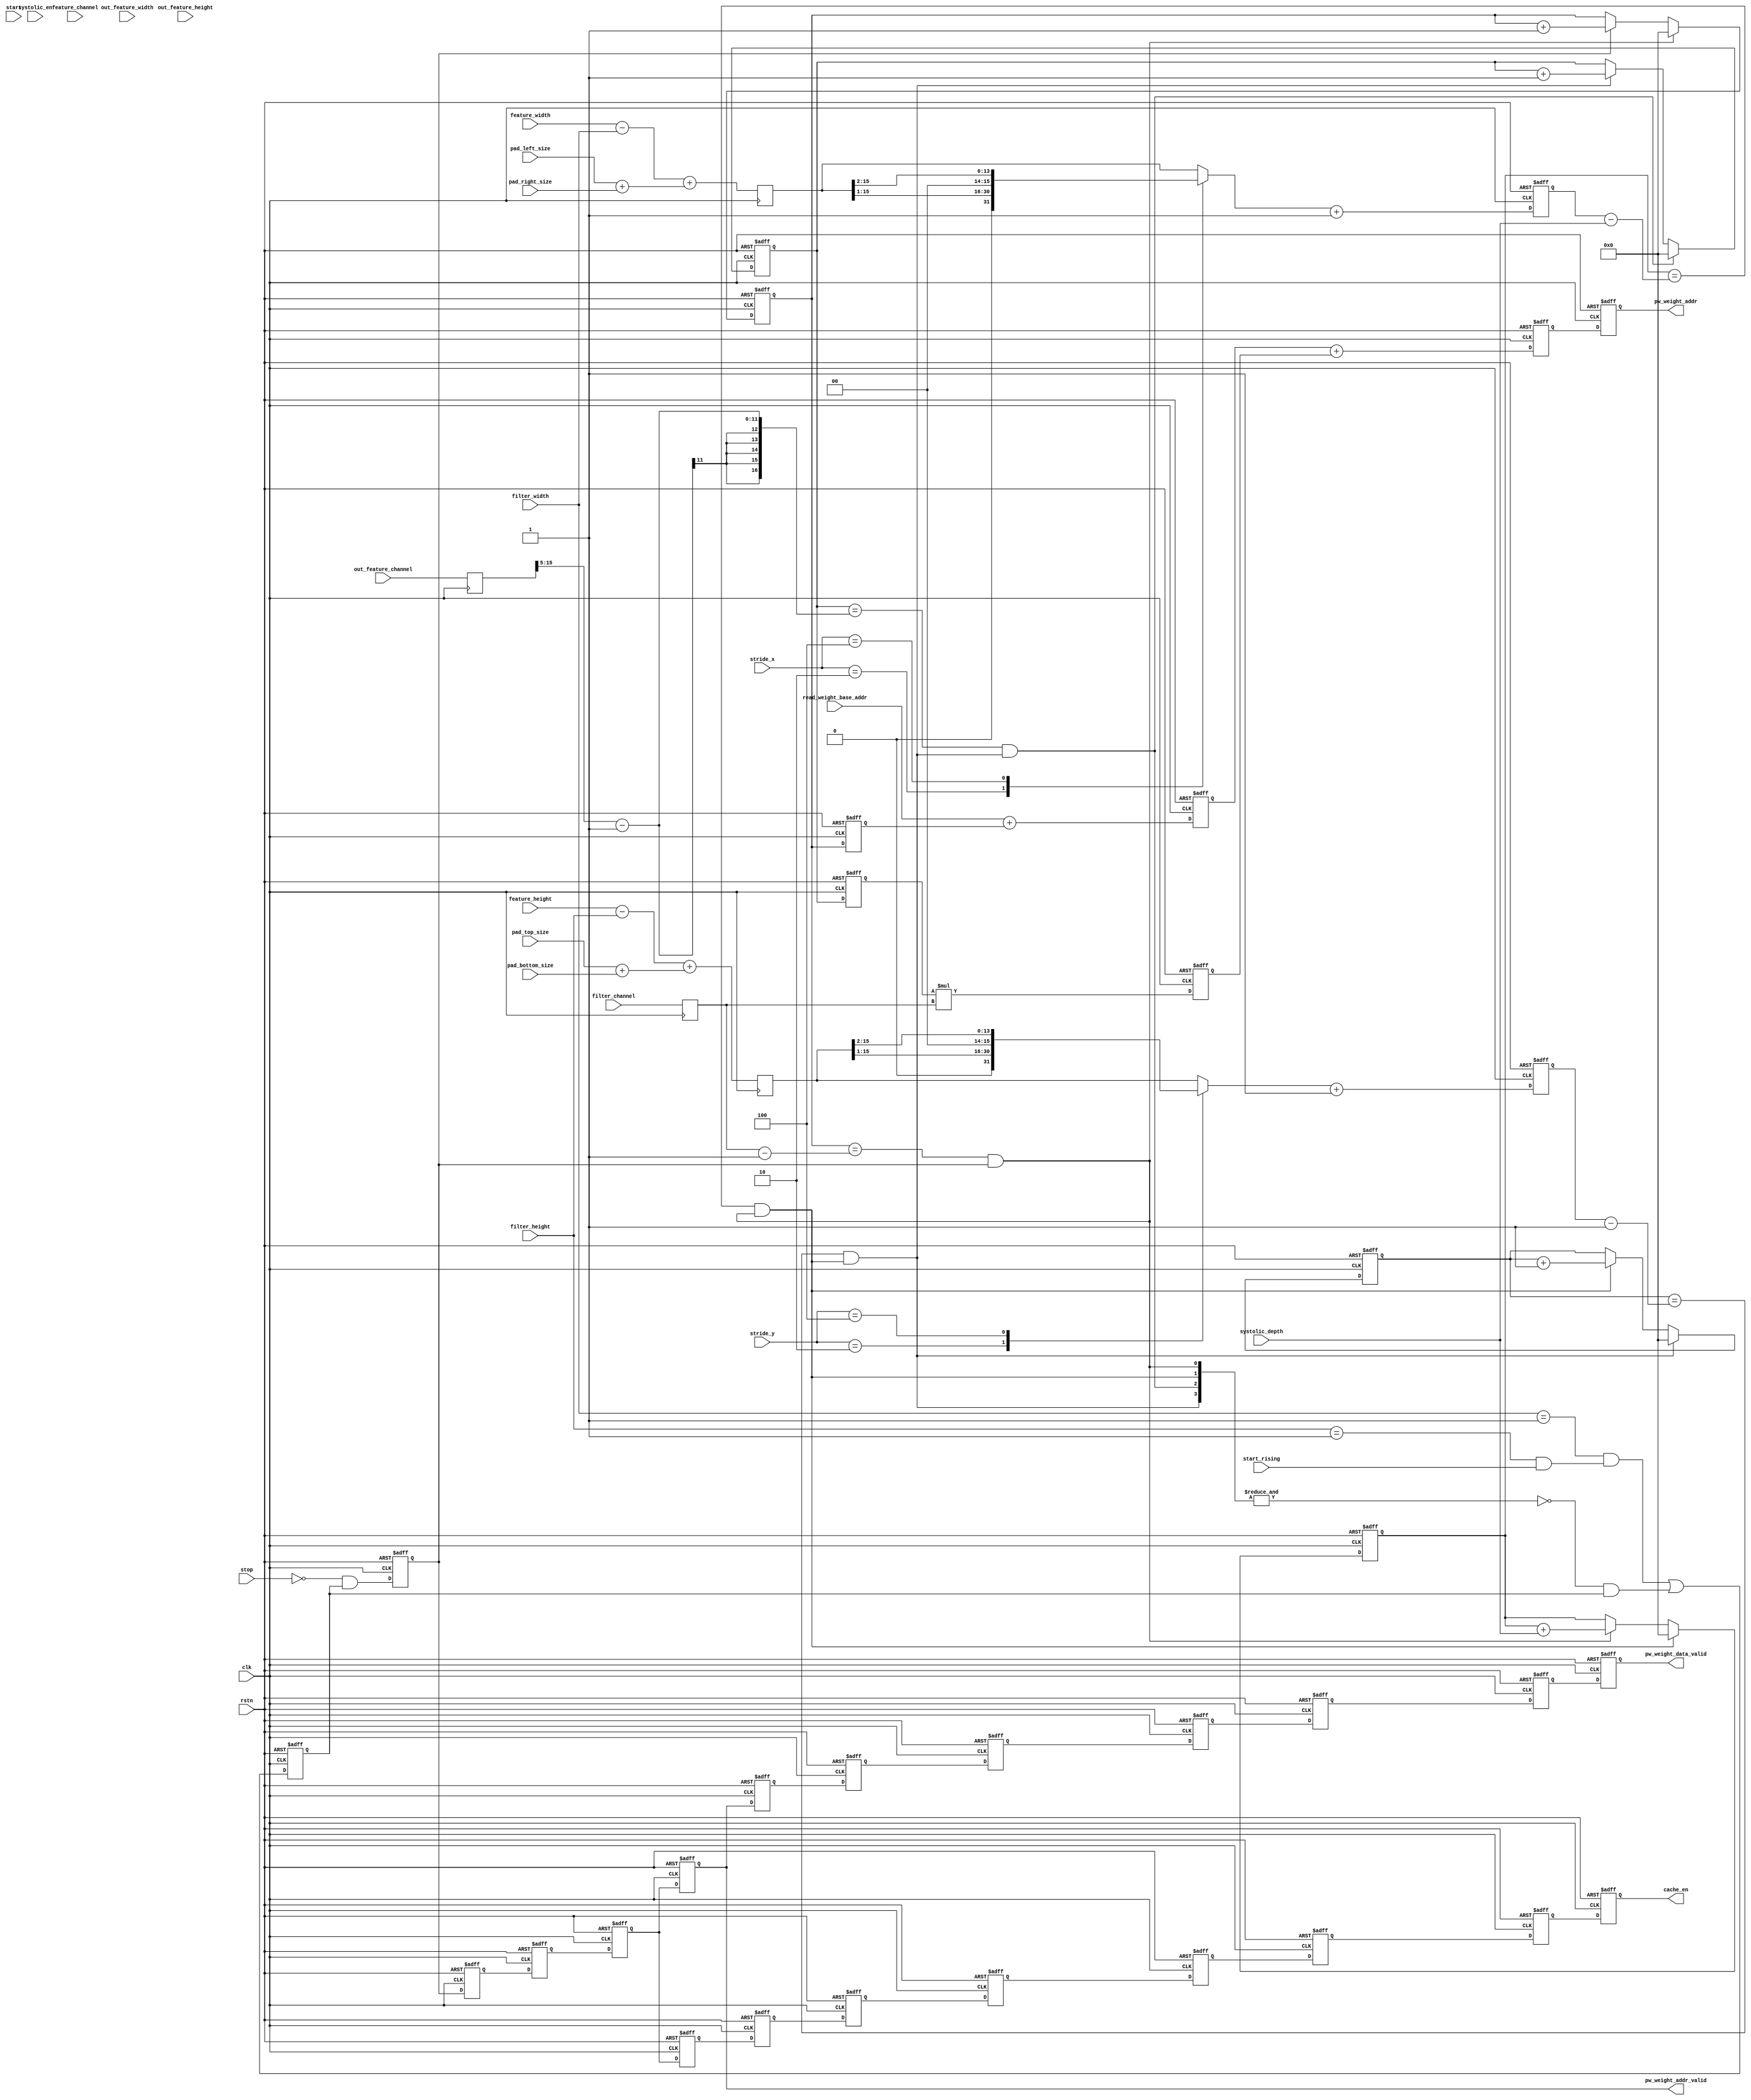
// Generated by stratus_hls 19.10-p100  (91500.011111)
// Mon Jan 25 11:55:49 2021
// from pw_weight_addr_gen.cpp

`timescale 1ps / 1ps

      
module pw_weight_addr_gen(clk, rstn, stop, start, start_rising, systolic_en, systolic_depth, feature_width, feature_height, feature_channel, out_feature_width, out_feature_height, out_feature_channel, filter_width, filter_height, filter_channel, stride_x, stride_y, pad_top_size, pad_bottom_size, pad_left_size, pad_right_size, read_weight_base_addr, pw_weight_addr, pw_weight_addr_valid, pw_weight_data_valid, cache_en);

      input clk;
      input rstn;
      input stop;
      input [7:0] start;
      input start_rising;
      input [7:0] systolic_en;
      input [7:0] systolic_depth;
      input [15:0] feature_width;
      input [15:0] feature_height;
      input [15:0] feature_channel;
      input [15:0] out_feature_width;
      input [15:0] out_feature_height;
      input [15:0] out_feature_channel;
      input [15:0] filter_width;
      input [15:0] filter_height;
      input [15:0] filter_channel;
      input [7:0] stride_x;
      input [7:0] stride_y;
      input [7:0] pad_top_size;
      input [7:0] pad_bottom_size;
      input [7:0] pad_left_size;
      input [7:0] pad_right_size;
      input [31:0] read_weight_base_addr;
      output [31:0] pw_weight_addr;
      reg [31:0] pw_weight_addr;
      output pw_weight_addr_valid;
      reg pw_weight_addr_valid;
      output pw_weight_data_valid;
      reg pw_weight_data_valid;
      output cache_en;
      reg cache_en;
      /*signed*/wire[3:0] pw_weight_addr_gen_AndReduction_4S_1U_1_29_in1;
      wire pw_weight_addr_gen_And_1Ux1U_1U_4_35_out1;
      wire pw_weight_addr_gen_And_1Ux1U_1U_4_34_out1;
      wire pw_weight_addr_gen_Eqi1u16_4_33_out1;
      wire pw_weight_addr_gen_And_1Ux1U_1U_4_32_out1;
      wire pw_weight_addr_gen_AndReduction_4S_1U_1_29_out1;
      wire pw_weight_addr_gen_Not_1U_1U_4_31_out1;
      wire pw_weight_addr_gen_Eqi1u16_4_30_out1;
      wire pw_weight_addr_gen_Or_1Ux1U_1U_4_36_out1;
      reg enable;
      wire pw_weight_addr_gen_Not_1U_1U_4_10_out1;
      wire pw_weight_addr_gen_And_1Ux1U_1U_4_11_out1;
      wire pw_weight_addr_gen_EqSubi1u16u16_1_12_out1;
      reg[15:0] pw_weight_addr_gen_MuxAdd2i1u16u16u1_4_14_out1;
      reg[15:0] pw_weight_addr_gen_Muxi0u16u1_4_15_out1;
      wire pw_weight_addr_gen_EqSubu8u16u16_1_16_out1;
      reg[15:0] pw_weight_addr_gen_N_Mux_16_2_22_4_19_out1;
      wire pw_weight_addr_gen_And_1Ux1U_1U_1_13_out1;
      wire[15:0] pw_weight_addr_gen_Add_16Ux8U_16U_4_18_out1;
      reg[15:0] pw_weight_addr_gen_Muxi0u16u1_4_20_out1;
      reg[15:0] ox_cnt;
      wire pw_weight_addr_gen_EqSubi1u16u16_1_21_out1;
      reg[15:0] pw_weight_addr_gen_MuxAdd2i1u16u16u1_1_23_out1;
      wire pw_weight_addr_gen_And_1Ux1U_1U_1_17_out1;
      reg[15:0] pw_weight_addr_gen_Muxi0u16u1_4_24_out1;
      reg[15:0] oy_cnt;
      wire pw_weight_addr_gen_EqSubi1u16u16_1_25_out1;
      wire[15:0] pw_weight_addr_gen_EqSubi1u16u16_1_25_in1;
      wire pw_weight_addr_gen_And_1Ux1U_1U_1_26_out1;
      reg[15:0] pw_weight_addr_gen_MuxAdd2i1u16u16u1_1_27_out1;
      wire pw_weight_addr_gen_And_1Ux1U_1U_1_22_out1;
      reg[15:0] pw_weight_addr_gen_Muxi0u16u1_4_28_out1;
      reg[15:0] if_cnt;
      reg[15:0] of_cnt;
      reg[15:0] if_pos;
      reg[15:0] of_pos;
      wire[31:0] pw_weight_addr_gen_Add_32Ux16U_32U_4_9_out1;
      wire[31:0] pw_weight_addr_gen_Mul_16Ux16U_32U_1_8_out1;
      reg[31:0] org_if_pos;
      reg[31:0] org_of_pos;
      wire[31:0] pw_weight_addr_gen_Add_32Ux32U_32U_4_7_out1;
      reg[31:0] tmp_pw_weight_addr;
      reg pw_weight_addr_valid_4d;
      reg pw_weight_addr_valid_3d;
      reg pw_weight_addr_valid_2d;
      reg pw_weight_addr_valid_1d;
      reg run_8d;
      reg run_7d;
      reg run_6d;
      reg run_5d;
      reg run_4d;
      reg run;
      reg run_1d;
      reg run_2d;
      reg run_9d;
      reg pw_weight_addr_valid_5d;
      reg run_3d;
      reg run_10d;
      reg pw_weight_addr_valid_6d;
      reg[15:0] of_cnt_max;
      reg[15:0] if_cnt_max;
      /*signed*/wire[15:0] pw_weight_addr_gen_Add3u8u8Subu16u16_4_5_out1;
      /*signed*/wire[15:0] pw_weight_addr_gen_Add3u8u8Subu16u16_4_6_out1;
      reg[15:0] pw_weight_addr_gen_N_Mux_16_3_24_4_2_out1;
      wire[14:0] pw_weight_addr_gen_N_Mux_16_3_24_4_2_in2;
      reg[15:0] ox_cnt_max;
      wire[13:0] pw_weight_addr_gen_N_Mux_16_3_24_4_2_in3;
      reg[15:0] pw_weight_addr_gen_N_Mux_16_3_24_4_1_out1;
      wire[14:0] pw_weight_addr_gen_N_Mux_16_3_24_4_1_in2;
      reg[15:0] oy_cnt_max;
      wire[13:0] pw_weight_addr_gen_N_Mux_16_3_24_4_1_in3;
      wire[15:0] pw_weight_addr_gen_Add2i1u16_1_3_out1;
      reg[15:0] oy_cnt_max2;
      wire[15:0] pw_weight_addr_gen_Add2i1u16_1_4_out1;
      reg[15:0] ox_cnt_max2;

         // rtl_process:pw_weight_addr_gen/drive_ox_cnt_max2
         // Sharing or Control mux
         // Sharing/Controlling 3 operation(s) on drive_ox_cnt_max2
         // at: pw_weight_addr_gen.h:304:7
         // at: pw_weight_addr_gen.h:315:7
         // at: pw_weight_addr_gen.h:136:56
         always @(posedge clk or negedge rstn)
          begin :drive_ox_cnt_max2
            if (rstn == 1'b0) begin
               // op:_cnt_max2/OP0
               ox_cnt_max2 <= 16'd00000;
            end
            else begin
               // op:_cnt_max2/OP11
               ox_cnt_max2 <= pw_weight_addr_gen_Add2i1u16_1_4_out1;
            end
         end

         // rtl_process:pw_weight_addr_gen/drive_oy_cnt_max2
         // Sharing or Control mux
         // Sharing/Controlling 3 operation(s) on drive_oy_cnt_max2
         // at: pw_weight_addr_gen.h:305:7
         // at: pw_weight_addr_gen.h:324:7
         // at: pw_weight_addr_gen.h:151:56
         always @(posedge clk or negedge rstn)
          begin :drive_oy_cnt_max2
            if (rstn == 1'b0) begin
               // op:_cnt_max2/OP1
               oy_cnt_max2 <= 16'd00000;
            end
            else begin
               // op:_cnt_max2/OP8
               oy_cnt_max2 <= pw_weight_addr_gen_Add2i1u16_1_3_out1;
            end
         end

         // rtl_process:pw_weight_addr_gen/drive_pw_weight_addr_gen_N_Mux_16_3_24_4_1_in3
         // Sharing or Control mux
         // Sharing/Controlling 1 operation(s) on drive_pw_weight_addr_gen_N_Mux_16_3_24_4_1_in3
         // at: pw_weight_addr_gen.h:322:40
         assign pw_weight_addr_gen_N_Mux_16_3_24_4_1_in3 = oy_cnt_max[15:2];

         // rtl_process:pw_weight_addr_gen/drive_pw_weight_addr_gen_N_Mux_16_3_24_4_1_in2
         // Sharing or Control mux
         // Sharing/Controlling 1 operation(s) on drive_pw_weight_addr_gen_N_Mux_16_3_24_4_1_in2
         // at: pw_weight_addr_gen.h:320:40
         assign pw_weight_addr_gen_N_Mux_16_3_24_4_1_in2 = oy_cnt_max[15:1];

         // rtl_instance:pw_weight_addr_gen/pw_weight_addr_gen_N_Mux_16_3_24_4
         always @(stride_y or oy_cnt_max or pw_weight_addr_gen_N_Mux_16_3_24_4_1_in3 or pw_weight_addr_gen_N_Mux_16_3_24_4_1_in2)
          begin :pw_weight_addr_gen_N_Mux_16_3_24_4_1
            case (stride_y) 

               8'd002:                begin
                  pw_weight_addr_gen_N_Mux_16_3_24_4_1_out1 = {1'b0, pw_weight_addr_gen_N_Mux_16_3_24_4_1_in2};
               end
               
               8'd004:                begin
                  pw_weight_addr_gen_N_Mux_16_3_24_4_1_out1 = {2'b00, pw_weight_addr_gen_N_Mux_16_3_24_4_1_in3};
               end
               
               default:                begin
                  pw_weight_addr_gen_N_Mux_16_3_24_4_1_out1 = oy_cnt_max;
               end
               
            endcase

         end

         // rtl_process:pw_weight_addr_gen/drive_pw_weight_addr_gen_N_Mux_16_3_24_4_2_in3
         // Sharing or Control mux
         // Sharing/Controlling 1 operation(s) on drive_pw_weight_addr_gen_N_Mux_16_3_24_4_2_in3
         // at: pw_weight_addr_gen.h:313:40
         assign pw_weight_addr_gen_N_Mux_16_3_24_4_2_in3 = ox_cnt_max[15:2];

         // rtl_process:pw_weight_addr_gen/drive_pw_weight_addr_gen_N_Mux_16_3_24_4_2_in2
         // Sharing or Control mux
         // Sharing/Controlling 1 operation(s) on drive_pw_weight_addr_gen_N_Mux_16_3_24_4_2_in2
         // at: pw_weight_addr_gen.h:311:40
         assign pw_weight_addr_gen_N_Mux_16_3_24_4_2_in2 = ox_cnt_max[15:1];

         // rtl_instance:pw_weight_addr_gen/pw_weight_addr_gen_N_Mux_16_3_24_4
         always @(stride_x or ox_cnt_max or pw_weight_addr_gen_N_Mux_16_3_24_4_2_in3 or pw_weight_addr_gen_N_Mux_16_3_24_4_2_in2)
          begin :pw_weight_addr_gen_N_Mux_16_3_24_4_2
            case (stride_x) 

               8'd002:                begin
                  pw_weight_addr_gen_N_Mux_16_3_24_4_2_out1 = {1'b0, pw_weight_addr_gen_N_Mux_16_3_24_4_2_in2};
               end
               
               8'd004:                begin
                  pw_weight_addr_gen_N_Mux_16_3_24_4_2_out1 = {2'b00, pw_weight_addr_gen_N_Mux_16_3_24_4_2_in3};
               end
               
               default:                begin
                  pw_weight_addr_gen_N_Mux_16_3_24_4_2_out1 = ox_cnt_max;
               end
               
            endcase

         end

         // rtl_instance:pw_weight_addr_gen/pw_weight_addr_gen_Add2i1u16_1_3
         // Resource=pw_weight_addr_gen_Add2i1u16_1, Function=add : Inputs=16 Outputs=16
         // Implements 1 operation(s)
         // at: pw_weight_addr_gen.h:324:39
         assign pw_weight_addr_gen_Add2i1u16_1_3_out1 = pw_weight_addr_gen_N_Mux_16_3_24_4_1_out1 + 16'd00001;

         // rtl_instance:pw_weight_addr_gen/pw_weight_addr_gen_Add2i1u16_1_4
         // Resource=pw_weight_addr_gen_Add2i1u16_1, Function=add : Inputs=16 Outputs=16
         // Implements 1 operation(s)
         // at: pw_weight_addr_gen.h:315:39
         assign pw_weight_addr_gen_Add2i1u16_1_4_out1 = pw_weight_addr_gen_N_Mux_16_3_24_4_2_out1 + 16'd00001;

         // rtl_process:pw_weight_addr_gen/drive_ox_cnt_max
         // Sharing or Control mux
         // Sharing/Controlling 2 operation(s) on drive_ox_cnt_max
         // at: pw_weight_addr_gen.h:315:21
         // at: pw_weight_addr_gen.h:293:5
         always @(posedge clk)
          begin :drive_ox_cnt_max
            // op:_set_max_num/OP36
            ox_cnt_max <= pw_weight_addr_gen_Add3u8u8Subu16u16_4_6_out1;
         end

         // rtl_process:pw_weight_addr_gen/drive_oy_cnt_max
         // Sharing or Control mux
         // Sharing/Controlling 2 operation(s) on drive_oy_cnt_max
         // at: pw_weight_addr_gen.h:322:22
         // at: pw_weight_addr_gen.h:296:5
         always @(posedge clk)
          begin :drive_oy_cnt_max
            // op:_set_max_num/OP34
            oy_cnt_max <= pw_weight_addr_gen_Add3u8u8Subu16u16_4_5_out1;
         end

         // rtl_process:pw_weight_addr_gen/drive_if_cnt_max
         // Sharing or Control mux
         // Sharing/Controlling 3 operation(s) on drive_if_cnt_max
         // at: pw_weight_addr_gen.h:291:5
         // at: pw_weight_addr_gen.h:201:36
         // at: pw_weight_addr_gen.h:121:56
         always @(posedge clk)
          begin :drive_if_cnt_max
            // op:_set_max_num/OP37
            if_cnt_max <= filter_channel;
         end

         // rtl_process:pw_weight_addr_gen/drive_of_cnt_max
         // Sharing or Control mux
         // Sharing/Controlling 2 operation(s) on drive_of_cnt_max
         // at: pw_weight_addr_gen.h:298:5
         // at: pw_weight_addr_gen.h:167:57
         always @(posedge clk)
          begin :drive_of_cnt_max
            // op:_set_max_num/OP32
            of_cnt_max <= out_feature_channel;
         end

         // rtl_instance:pw_weight_addr_gen/pw_weight_addr_gen_Add3u8u8Subu16u16_4_5
         // Resource=pw_weight_addr_gen_Add3u8u8Subu16u16_4, Function=sub add add : Inputs=16,16,8,8 Outputs=16S
         // Implements 1 operation(s)
         // at: pw_weight_addr_gen.h:296:63
         assign pw_weight_addr_gen_Add3u8u8Subu16u16_4_5_out1 = feature_height - filter_height + ({8'b00000000, pad_top_size} + {8'b00000000, pad_bottom_size});

         // rtl_instance:pw_weight_addr_gen/pw_weight_addr_gen_Add3u8u8Subu16u16_4_6
         // Resource=pw_weight_addr_gen_Add3u8u8Subu16u16_4, Function=sub add add : Inputs=16,16,8,8 Outputs=16S
         // Implements 1 operation(s)
         // at: pw_weight_addr_gen.h:293:61
         assign pw_weight_addr_gen_Add3u8u8Subu16u16_4_6_out1 = feature_width - filter_width + ({8'b00000000, pad_left_size} + {8'b00000000, pad_right_size});

         // rtl_process:pw_weight_addr_gen/drive_pw_weight_data_valid
         // Sharing or Control mux
         // Sharing/Controlling 2 operation(s) on drive_pw_weight_data_valid
         // at: pw_weight_addr_gen.h:283:7
         // at: pw_weight_addr_gen.h:286:7
         always @(posedge clk or negedge rstn)
          begin :drive_pw_weight_data_valid
            if (rstn == 1'b0) begin
               // op:_pw_weight_data_valid/OP46
               pw_weight_data_valid <= 1'd0;
            end
            else begin
               // op:_pw_weight_data_valid/OP48
               pw_weight_data_valid <= pw_weight_addr_valid_6d;
            end
         end

         // rtl_process:pw_weight_addr_gen/drive_cache_en
         // Sharing or Control mux
         // Sharing/Controlling 2 operation(s) on drive_cache_en
         // at: pw_weight_addr_gen.h:274:7
         // at: pw_weight_addr_gen.h:277:7
         always @(posedge clk or negedge rstn)
          begin :drive_cache_en
            if (rstn == 1'b0) begin
               // op:_cache_en/OP49
               cache_en <= 1'd0;
            end
            else begin
               // op:_cache_en/OP51
               cache_en <= run_10d;
            end
         end

         // rtl_process:pw_weight_addr_gen/drive_pw_weight_addr_valid
         // Sharing or Control mux
         // Sharing/Controlling 1 operation(s) on drive_pw_weight_addr_valid
         // at: pw_weight_addr_gen.h:222:8
         always @(posedge clk or negedge rstn)
          begin :drive_pw_weight_addr_valid
            if (rstn == 1'b0) begin
               // op:_pw_weight_addr_valid/OP52
               pw_weight_addr_valid <= 1'd0;
            end
            else begin
               // op:_pw_weight_addr_valid/OP54
               pw_weight_addr_valid <= run_3d;
            end
         end

         // rtl_process:pw_weight_addr_gen/drive_pw_weight_addr_valid_6d
         // Sharing or Control mux
         // Sharing/Controlling 4 operation(s) on drive_pw_weight_addr_valid_6d
         // at: pw_weight_addr_gen.h:286:30
         // at: pw_weight_addr_gen.h:240:7
         // at: pw_weight_addr_gen.h:259:7
         always @(posedge clk or negedge rstn)
          begin :drive_pw_weight_addr_valid_6d
            if (rstn == 1'b0) begin
               // op:_delay/OP70
               pw_weight_addr_valid_6d <= 1'd0;
            end
            else begin
               // op:_delay/OP106
               pw_weight_addr_valid_6d <= pw_weight_addr_valid_5d;
            end
         end

         // rtl_process:pw_weight_addr_gen/drive_run_10d
         // Sharing or Control mux
         // Sharing/Controlling 3 operation(s) on drive_run_10d
         // at: pw_weight_addr_gen.h:277:18
         // at: pw_weight_addr_gen.h:234:7
         // at: pw_weight_addr_gen.h:253:7
         always @(posedge clk or negedge rstn)
          begin :drive_run_10d
            if (rstn == 1'b0) begin
               // op:_delay/OP64
               run_10d <= 1'b0;
            end
            else begin
               // op:_delay/OP112
               run_10d <= run_9d;
            end
         end

         // rtl_process:pw_weight_addr_gen/drive_run_3d
         // Sharing or Control mux
         // Sharing/Controlling 4 operation(s) on drive_run_3d
         // at: pw_weight_addr_gen.h:269:30
         // at: pw_weight_addr_gen.h:227:7
         // at: pw_weight_addr_gen.h:246:7
         always @(posedge clk or negedge rstn)
          begin :drive_run_3d
            if (rstn == 1'b0) begin
               // op:_delay/OP57
               run_3d <= 1'b0;
            end
            else begin
               // op:_delay/OP119
               run_3d <= run_2d;
            end
         end

         // rtl_process:pw_weight_addr_gen/drive_run_1d
         // Sharing or Control mux
         // Sharing/Controlling 4 operation(s) on drive_run_1d
         // at: pw_weight_addr_gen.h:225:7
         // at: pw_weight_addr_gen.h:244:7
         // at: pw_weight_addr_gen.h:245:16
         always @(posedge clk or negedge rstn)
          begin :drive_run_1d
            if (rstn == 1'b0) begin
               // op:_delay/OP55
               run_1d <= 1'b0;
            end
            else begin
               // op:_delay/OP121
               run_1d <= run;
            end
         end

         // rtl_process:pw_weight_addr_gen/drive_run_2d
         // Sharing or Control mux
         // Sharing/Controlling 4 operation(s) on drive_run_2d
         // at: pw_weight_addr_gen.h:226:7
         // at: pw_weight_addr_gen.h:245:7
         // at: pw_weight_addr_gen.h:246:16
         always @(posedge clk or negedge rstn)
          begin :drive_run_2d
            if (rstn == 1'b0) begin
               // op:_delay/OP56
               run_2d <= 1'b0;
            end
            else begin
               // op:_delay/OP120
               run_2d <= run_1d;
            end
         end

         // rtl_process:pw_weight_addr_gen/drive_run_4d
         // Sharing or Control mux
         // Sharing/Controlling 4 operation(s) on drive_run_4d
         // at: pw_weight_addr_gen.h:228:7
         // at: pw_weight_addr_gen.h:247:7
         // at: pw_weight_addr_gen.h:248:16
         always @(posedge clk or negedge rstn)
          begin :drive_run_4d
            if (rstn == 1'b0) begin
               // op:_delay/OP58
               run_4d <= 1'b0;
            end
            else begin
               // op:_delay/OP118
               run_4d <= run_3d;
            end
         end

         // rtl_process:pw_weight_addr_gen/drive_run_5d
         // Sharing or Control mux
         // Sharing/Controlling 4 operation(s) on drive_run_5d
         // at: pw_weight_addr_gen.h:229:7
         // at: pw_weight_addr_gen.h:248:7
         // at: pw_weight_addr_gen.h:249:16
         always @(posedge clk or negedge rstn)
          begin :drive_run_5d
            if (rstn == 1'b0) begin
               // op:_delay/OP59
               run_5d <= 1'b0;
            end
            else begin
               // op:_delay/OP117
               run_5d <= run_4d;
            end
         end

         // rtl_process:pw_weight_addr_gen/drive_run_6d
         // Sharing or Control mux
         // Sharing/Controlling 4 operation(s) on drive_run_6d
         // at: pw_weight_addr_gen.h:230:7
         // at: pw_weight_addr_gen.h:249:7
         // at: pw_weight_addr_gen.h:250:16
         always @(posedge clk or negedge rstn)
          begin :drive_run_6d
            if (rstn == 1'b0) begin
               // op:_delay/OP60
               run_6d <= 1'b0;
            end
            else begin
               // op:_delay/OP116
               run_6d <= run_5d;
            end
         end

         // rtl_process:pw_weight_addr_gen/drive_run_7d
         // Sharing or Control mux
         // Sharing/Controlling 4 operation(s) on drive_run_7d
         // at: pw_weight_addr_gen.h:231:7
         // at: pw_weight_addr_gen.h:250:7
         // at: pw_weight_addr_gen.h:251:16
         always @(posedge clk or negedge rstn)
          begin :drive_run_7d
            if (rstn == 1'b0) begin
               // op:_delay/OP61
               run_7d <= 1'b0;
            end
            else begin
               // op:_delay/OP115
               run_7d <= run_6d;
            end
         end

         // rtl_process:pw_weight_addr_gen/drive_run_8d
         // Sharing or Control mux
         // Sharing/Controlling 4 operation(s) on drive_run_8d
         // at: pw_weight_addr_gen.h:232:7
         // at: pw_weight_addr_gen.h:251:7
         // at: pw_weight_addr_gen.h:252:16
         always @(posedge clk or negedge rstn)
          begin :drive_run_8d
            if (rstn == 1'b0) begin
               // op:_delay/OP62
               run_8d <= 1'b0;
            end
            else begin
               // op:_delay/OP114
               run_8d <= run_7d;
            end
         end

         // rtl_process:pw_weight_addr_gen/drive_run_9d
         // Sharing or Control mux
         // Sharing/Controlling 4 operation(s) on drive_run_9d
         // at: pw_weight_addr_gen.h:233:7
         // at: pw_weight_addr_gen.h:252:7
         // at: pw_weight_addr_gen.h:253:17
         always @(posedge clk or negedge rstn)
          begin :drive_run_9d
            if (rstn == 1'b0) begin
               // op:_delay/OP63
               run_9d <= 1'b0;
            end
            else begin
               // op:_delay/OP113
               run_9d <= run_8d;
            end
         end

         // rtl_process:pw_weight_addr_gen/drive_pw_weight_addr_valid_1d
         // Sharing or Control mux
         // Sharing/Controlling 4 operation(s) on drive_pw_weight_addr_valid_1d
         // at: pw_weight_addr_gen.h:235:7
         // at: pw_weight_addr_gen.h:254:7
         // at: pw_weight_addr_gen.h:255:33
         always @(posedge clk or negedge rstn)
          begin :drive_pw_weight_addr_valid_1d
            if (rstn == 1'b0) begin
               // op:_delay/OP65
               pw_weight_addr_valid_1d <= 1'd0;
            end
            else begin
               // op:_delay/OP111
               pw_weight_addr_valid_1d <= pw_weight_addr_valid;
            end
         end

         // rtl_process:pw_weight_addr_gen/drive_pw_weight_addr_valid_2d
         // Sharing or Control mux
         // Sharing/Controlling 4 operation(s) on drive_pw_weight_addr_valid_2d
         // at: pw_weight_addr_gen.h:236:7
         // at: pw_weight_addr_gen.h:255:7
         // at: pw_weight_addr_gen.h:256:33
         always @(posedge clk or negedge rstn)
          begin :drive_pw_weight_addr_valid_2d
            if (rstn == 1'b0) begin
               // op:_delay/OP66
               pw_weight_addr_valid_2d <= 1'd0;
            end
            else begin
               // op:_delay/OP110
               pw_weight_addr_valid_2d <= pw_weight_addr_valid_1d;
            end
         end

         // rtl_process:pw_weight_addr_gen/drive_pw_weight_addr_valid_3d
         // Sharing or Control mux
         // Sharing/Controlling 4 operation(s) on drive_pw_weight_addr_valid_3d
         // at: pw_weight_addr_gen.h:237:7
         // at: pw_weight_addr_gen.h:256:7
         // at: pw_weight_addr_gen.h:257:33
         always @(posedge clk or negedge rstn)
          begin :drive_pw_weight_addr_valid_3d
            if (rstn == 1'b0) begin
               // op:_delay/OP67
               pw_weight_addr_valid_3d <= 1'd0;
            end
            else begin
               // op:_delay/OP109
               pw_weight_addr_valid_3d <= pw_weight_addr_valid_2d;
            end
         end

         // rtl_process:pw_weight_addr_gen/drive_pw_weight_addr_valid_4d
         // Sharing or Control mux
         // Sharing/Controlling 4 operation(s) on drive_pw_weight_addr_valid_4d
         // at: pw_weight_addr_gen.h:238:7
         // at: pw_weight_addr_gen.h:257:7
         // at: pw_weight_addr_gen.h:258:33
         always @(posedge clk or negedge rstn)
          begin :drive_pw_weight_addr_valid_4d
            if (rstn == 1'b0) begin
               // op:_delay/OP68
               pw_weight_addr_valid_4d <= 1'd0;
            end
            else begin
               // op:_delay/OP108
               pw_weight_addr_valid_4d <= pw_weight_addr_valid_3d;
            end
         end

         // rtl_process:pw_weight_addr_gen/drive_pw_weight_addr_valid_5d
         // Sharing or Control mux
         // Sharing/Controlling 4 operation(s) on drive_pw_weight_addr_valid_5d
         // at: pw_weight_addr_gen.h:239:7
         // at: pw_weight_addr_gen.h:258:7
         // at: pw_weight_addr_gen.h:259:33
         always @(posedge clk or negedge rstn)
          begin :drive_pw_weight_addr_valid_5d
            if (rstn == 1'b0) begin
               // op:_delay/OP69
               pw_weight_addr_valid_5d <= 1'd0;
            end
            else begin
               // op:_delay/OP107
               pw_weight_addr_valid_5d <= pw_weight_addr_valid_4d;
            end
         end

         // rtl_process:pw_weight_addr_gen/drive_pw_weight_addr
         // Sharing or Control mux
         // Sharing/Controlling 2 operation(s) on drive_pw_weight_addr
         // at: pw_weight_addr_gen.h:217:7
         // at: pw_weight_addr_gen.h:219:7
         always @(posedge clk or negedge rstn)
          begin :drive_pw_weight_addr
            if (rstn == 1'b0) begin
               // op:_pw_weight_addr/OP122
               pw_weight_addr <= 32'd0000000000;
            end
            else begin
               // op:_pw_weight_addr/OP124
               pw_weight_addr <= tmp_pw_weight_addr;
            end
         end

         // rtl_process:pw_weight_addr_gen/drive_tmp_pw_weight_addr
         // Sharing or Control mux
         // Sharing/Controlling 3 operation(s) on drive_tmp_pw_weight_addr
         // at: pw_weight_addr_gen.h:219:24
         // at: pw_weight_addr_gen.h:208:7
         // at: pw_weight_addr_gen.h:211:7
         always @(posedge clk or negedge rstn)
          begin :drive_tmp_pw_weight_addr
            if (rstn == 1'b0) begin
               // op:_tmp_pw_weight_addr/OP125
               tmp_pw_weight_addr <= 32'd0000000000;
            end
            else begin
               // op:_tmp_pw_weight_addr/OP129
               tmp_pw_weight_addr <= pw_weight_addr_gen_Add_32Ux32U_32U_4_7_out1;
            end
         end

         // rtl_instance:pw_weight_addr_gen/pw_weight_addr_gen_Add_32Ux32U_32U_4_7
         // Resource=pw_weight_addr_gen_Add_32Ux32U_32U_4, Function=add : Inputs=32,32 Outputs=32
         // Implements 1 operation(s)
         // at: pw_weight_addr_gen.h:211:46
         assign pw_weight_addr_gen_Add_32Ux32U_32U_4_7_out1 = org_if_pos + org_of_pos;

         // rtl_process:pw_weight_addr_gen/drive_org_of_pos
         // Sharing or Control mux
         // Sharing/Controlling 3 operation(s) on drive_org_of_pos
         // at: pw_weight_addr_gen.h:211:48
         // at: pw_weight_addr_gen.h:197:7
         // at: pw_weight_addr_gen.h:201:7
         always @(posedge clk or negedge rstn)
          begin :drive_org_of_pos
            if (rstn == 1'b0) begin
               // op:_org_pos/OP133
               org_of_pos <= 32'd0000000000;
            end
            else begin
               // op:_org_pos/OP139
               org_of_pos <= pw_weight_addr_gen_Mul_16Ux16U_32U_1_8_out1;
            end
         end

         // rtl_process:pw_weight_addr_gen/drive_org_if_pos
         // Sharing or Control mux
         // Sharing/Controlling 3 operation(s) on drive_org_if_pos
         // at: pw_weight_addr_gen.h:211:28
         // at: pw_weight_addr_gen.h:196:7
         // at: pw_weight_addr_gen.h:200:7
         always @(posedge clk or negedge rstn)
          begin :drive_org_if_pos
            if (rstn == 1'b0) begin
               // op:_org_pos/OP132
               org_if_pos <= 32'd0000000000;
            end
            else begin
               // op:_org_pos/OP141
               org_if_pos <= pw_weight_addr_gen_Add_32Ux16U_32U_4_9_out1;
            end
         end

         // rtl_instance:pw_weight_addr_gen/pw_weight_addr_gen_Mul_16Ux16U_32U_1_8
         // Resource=pw_weight_addr_gen_Mul_16Ux16U_32U_1, Function=mul : Inputs=16,16 Outputs=32
         // Implements 1 operation(s)
         // at: pw_weight_addr_gen.h:201:34
         assign pw_weight_addr_gen_Mul_16Ux16U_32U_1_8_out1 = {16'b0000000000000000, of_pos}*{16'b0000000000000000, if_cnt_max};

         // rtl_instance:pw_weight_addr_gen/pw_weight_addr_gen_Add_32Ux16U_32U_4_9
         // Resource=pw_weight_addr_gen_Add_32Ux16U_32U_4, Function=add : Inputs=32,16 Outputs=32
         // Implements 1 operation(s)
         // at: pw_weight_addr_gen.h:200:34
         assign pw_weight_addr_gen_Add_32Ux16U_32U_4_9_out1 = read_weight_base_addr + {16'b0000000000000000, if_pos};

         // rtl_process:pw_weight_addr_gen/drive_of_pos
         // Sharing or Control mux
         // Sharing/Controlling 3 operation(s) on drive_of_pos
         // at: pw_weight_addr_gen.h:201:20
         // at: pw_weight_addr_gen.h:188:7
         // at: pw_weight_addr_gen.h:190:7
         always @(posedge clk or negedge rstn)
          begin :drive_of_pos
            if (rstn == 1'b0) begin
               // op:_of_pos/OP146
               of_pos <= 16'd00000;
            end
            else begin
               // op:_of_pos/OP148
               of_pos <= of_cnt;
            end
         end

         // rtl_process:pw_weight_addr_gen/drive_if_pos
         // Sharing or Control mux
         // Sharing/Controlling 3 operation(s) on drive_if_pos
         // at: pw_weight_addr_gen.h:200:20
         // at: pw_weight_addr_gen.h:181:7
         // at: pw_weight_addr_gen.h:183:7
         always @(posedge clk or negedge rstn)
          begin :drive_if_pos
            if (rstn == 1'b0) begin
               // op:_if_pos/OP149
               if_pos <= 16'd00000;
            end
            else begin
               // op:_if_pos/OP151
               if_pos <= if_cnt;
            end
         end

         // rtl_process:pw_weight_addr_gen/drive_of_cnt
         // Sharing or Control mux
         // Sharing/Controlling 3 operation(s) on drive_of_cnt
         // at: pw_weight_addr_gen.h:176:7
         // at: pw_weight_addr_gen.h:172:7
         always @(posedge clk or negedge rstn)
          begin :drive_of_cnt
            if (rstn == 1'b0) begin
               // op:_of_counter/OP254
               of_cnt <= 16'd00000;
            end
            else begin
               // op:_of_counter/OP261
               of_cnt <= pw_weight_addr_gen_Muxi0u16u1_4_28_out1;
            end
         end

         // rtl_instance:pw_weight_addr_gen/pw_weight_addr_gen_MuxAdd2i1u16u16u1_1
         always @(of_cnt or pw_weight_addr_gen_And_1Ux1U_1U_1_22_out1)
          begin :pw_weight_addr_gen_MuxAdd2i1u16u16u1_1_27
            if (pw_weight_addr_gen_And_1Ux1U_1U_1_22_out1) begin
               pw_weight_addr_gen_MuxAdd2i1u16u16u1_1_27_out1 = of_cnt + 16'd00001;
            end
            else begin
               pw_weight_addr_gen_MuxAdd2i1u16u16u1_1_27_out1 = of_cnt;
            end
         end

         // rtl_instance:pw_weight_addr_gen/pw_weight_addr_gen_Muxi0u16u1_4
         always @(pw_weight_addr_gen_And_1Ux1U_1U_1_26_out1 or pw_weight_addr_gen_MuxAdd2i1u16u16u1_1_27_out1)
          begin :pw_weight_addr_gen_Muxi0u16u1_4_28
            if (pw_weight_addr_gen_And_1Ux1U_1U_1_26_out1) begin
               pw_weight_addr_gen_Muxi0u16u1_4_28_out1 = 16'd00000;
            end
            else begin
               pw_weight_addr_gen_Muxi0u16u1_4_28_out1 = pw_weight_addr_gen_MuxAdd2i1u16u16u1_1_27_out1;
            end
         end

         // rtl_process:pw_weight_addr_gen/drive_pw_weight_addr_gen_EqSubi1u16u16_1_25_in1
         // Sharing or Control mux
         // Sharing/Controlling 1 operation(s) on drive_pw_weight_addr_gen_EqSubi1u16u16_1_25_in1
         // at: pw_weight_addr_gen.h:167:75
         assign pw_weight_addr_gen_EqSubi1u16u16_1_25_in1 = {5'b00000, of_cnt_max[15:5]};

         // rtl_instance:pw_weight_addr_gen/pw_weight_addr_gen_EqSubi1u16u16_1_25
         // Resource=pw_weight_addr_gen_EqSubi1u16u16_1, Function=sub eq : Inputs=16,16 Outputs=1
         // Implements 1 operation(s)
         // at: pw_weight_addr_gen.h:167:53
         assign pw_weight_addr_gen_EqSubi1u16u16_1_25_out1 = {1'b0, of_cnt} == {1'b0, pw_weight_addr_gen_EqSubi1u16u16_1_25_in1} - 17'd000001;

         // rtl_instance:pw_weight_addr_gen/pw_weight_addr_gen_And_1Ux1U_1U_1_26
         // Resource=pw_weight_addr_gen_And_1Ux1U_1U_1, Function=and : Inputs=1,1 Outputs=1
         // Implements 1 operation(s)
         // at: pw_weight_addr_gen.h:167:35
         assign pw_weight_addr_gen_And_1Ux1U_1U_1_26_out1 = pw_weight_addr_gen_EqSubi1u16u16_1_25_out1 & pw_weight_addr_gen_And_1Ux1U_1U_1_22_out1;

         // rtl_process:pw_weight_addr_gen/drive_oy_cnt
         // Sharing or Control mux
         // Sharing/Controlling 4 operation(s) on drive_oy_cnt
         // at: pw_weight_addr_gen.h:151:39
         // at: pw_weight_addr_gen.h:156:7
         // at: pw_weight_addr_gen.h:160:7
         always @(posedge clk or negedge rstn)
          begin :drive_oy_cnt
            if (rstn == 1'b0) begin
               // op:_oy_counter/OP229
               oy_cnt <= 16'd00000;
            end
            else begin
               // op:_oy_counter/OP236
               oy_cnt <= pw_weight_addr_gen_Muxi0u16u1_4_24_out1;
            end
         end

         // rtl_instance:pw_weight_addr_gen/pw_weight_addr_gen_MuxAdd2i1u16u16u1_1
         always @(oy_cnt or pw_weight_addr_gen_And_1Ux1U_1U_1_17_out1)
          begin :pw_weight_addr_gen_MuxAdd2i1u16u16u1_1_23
            if (pw_weight_addr_gen_And_1Ux1U_1U_1_17_out1) begin
               pw_weight_addr_gen_MuxAdd2i1u16u16u1_1_23_out1 = oy_cnt + 16'd00001;
            end
            else begin
               pw_weight_addr_gen_MuxAdd2i1u16u16u1_1_23_out1 = oy_cnt;
            end
         end

         // rtl_instance:pw_weight_addr_gen/pw_weight_addr_gen_Muxi0u16u1_4
         always @(pw_weight_addr_gen_And_1Ux1U_1U_1_22_out1 or pw_weight_addr_gen_MuxAdd2i1u16u16u1_1_23_out1)
          begin :pw_weight_addr_gen_Muxi0u16u1_4_24
            if (pw_weight_addr_gen_And_1Ux1U_1U_1_22_out1) begin
               pw_weight_addr_gen_Muxi0u16u1_4_24_out1 = 16'd00000;
            end
            else begin
               pw_weight_addr_gen_Muxi0u16u1_4_24_out1 = pw_weight_addr_gen_MuxAdd2i1u16u16u1_1_23_out1;
            end
         end

         // rtl_instance:pw_weight_addr_gen/pw_weight_addr_gen_EqSubi1u16u16_1_21
         // Resource=pw_weight_addr_gen_EqSubi1u16u16_1, Function=sub eq : Inputs=16,16 Outputs=1
         // Implements 1 operation(s)
         // at: pw_weight_addr_gen.h:151:53
         assign pw_weight_addr_gen_EqSubi1u16u16_1_21_out1 = {1'b0, oy_cnt} == {1'b0, oy_cnt_max2} - 17'd000001;

         // rtl_instance:pw_weight_addr_gen/pw_weight_addr_gen_And_1Ux1U_1U_1_22
         // Resource=pw_weight_addr_gen_And_1Ux1U_1U_1, Function=and : Inputs=1,1 Outputs=1
         // Implements 1 operation(s)
         // at: pw_weight_addr_gen.h:151:35
         assign pw_weight_addr_gen_And_1Ux1U_1U_1_22_out1 = pw_weight_addr_gen_EqSubi1u16u16_1_21_out1 & pw_weight_addr_gen_And_1Ux1U_1U_1_17_out1;

         // rtl_process:pw_weight_addr_gen/drive_ox_cnt
         // Sharing or Control mux
         // Sharing/Controlling 4 operation(s) on drive_ox_cnt
         // at: pw_weight_addr_gen.h:136:39
         // at: pw_weight_addr_gen.h:141:7
         // at: pw_weight_addr_gen.h:145:7
         always @(posedge clk or negedge rstn)
          begin :drive_ox_cnt
            if (rstn == 1'b0) begin
               // op:_ox_counter/OP200
               ox_cnt <= 16'd00000;
            end
            else begin
               // op:_ox_counter/OP209
               ox_cnt <= pw_weight_addr_gen_Muxi0u16u1_4_20_out1;
            end
         end

         // rtl_instance:pw_weight_addr_gen/pw_weight_addr_gen_Add_16Ux8U_16U_4_18
         // Resource=pw_weight_addr_gen_Add_16Ux8U_16U_4, Function=add : Inputs=16,8 Outputs=16
         // Implements 1 operation(s)
         // at: pw_weight_addr_gen.h:145:30
         assign pw_weight_addr_gen_Add_16Ux8U_16U_4_18_out1 = ox_cnt + {8'b00000000, systolic_depth};

         // rtl_instance:pw_weight_addr_gen/pw_weight_addr_gen_N_Mux_16_2_22_4
         always @(ox_cnt or pw_weight_addr_gen_And_1Ux1U_1U_1_13_out1 or pw_weight_addr_gen_Add_16Ux8U_16U_4_18_out1)
          begin :pw_weight_addr_gen_N_Mux_16_2_22_4_19
            if (pw_weight_addr_gen_And_1Ux1U_1U_1_13_out1) begin
               pw_weight_addr_gen_N_Mux_16_2_22_4_19_out1 = pw_weight_addr_gen_Add_16Ux8U_16U_4_18_out1;
            end
            else begin
               pw_weight_addr_gen_N_Mux_16_2_22_4_19_out1 = ox_cnt;
            end
         end

         // rtl_instance:pw_weight_addr_gen/pw_weight_addr_gen_Muxi0u16u1_4
         always @(pw_weight_addr_gen_And_1Ux1U_1U_1_17_out1 or pw_weight_addr_gen_N_Mux_16_2_22_4_19_out1)
          begin :pw_weight_addr_gen_Muxi0u16u1_4_20
            if (pw_weight_addr_gen_And_1Ux1U_1U_1_17_out1) begin
               pw_weight_addr_gen_Muxi0u16u1_4_20_out1 = 16'd00000;
            end
            else begin
               pw_weight_addr_gen_Muxi0u16u1_4_20_out1 = pw_weight_addr_gen_N_Mux_16_2_22_4_19_out1;
            end
         end

         // rtl_instance:pw_weight_addr_gen/pw_weight_addr_gen_EqSubu8u16u16_1_16
         // Resource=pw_weight_addr_gen_EqSubu8u16u16_1, Function=sub eq : Inputs=16,16,8 Outputs=1
         // Implements 1 operation(s)
         // at: pw_weight_addr_gen.h:136:53
         assign pw_weight_addr_gen_EqSubu8u16u16_1_16_out1 = {1'b0, ox_cnt} == {1'b0, ox_cnt_max2} - {9'b000000000, systolic_depth};

         // rtl_instance:pw_weight_addr_gen/pw_weight_addr_gen_And_1Ux1U_1U_1_17
         // Resource=pw_weight_addr_gen_And_1Ux1U_1U_1, Function=and : Inputs=1,1 Outputs=1
         // Implements 1 operation(s)
         // at: pw_weight_addr_gen.h:136:35
         assign pw_weight_addr_gen_And_1Ux1U_1U_1_17_out1 = pw_weight_addr_gen_EqSubu8u16u16_1_16_out1 & pw_weight_addr_gen_And_1Ux1U_1U_1_13_out1;

         // rtl_process:pw_weight_addr_gen/drive_if_cnt
         // Sharing or Control mux
         // Sharing/Controlling 3 operation(s) on drive_if_cnt
         // at: pw_weight_addr_gen.h:130:7
         // at: pw_weight_addr_gen.h:126:7
         always @(posedge clk or negedge rstn)
          begin :drive_if_cnt
            if (rstn == 1'b0) begin
               // op:_if_counter/OP173
               if_cnt <= 16'd00000;
            end
            else begin
               // op:_if_counter/OP180
               if_cnt <= pw_weight_addr_gen_Muxi0u16u1_4_15_out1;
            end
         end

         // rtl_instance:pw_weight_addr_gen/pw_weight_addr_gen_MuxAdd2i1u16u16u1_4
         always @(run or if_cnt)
          begin :pw_weight_addr_gen_MuxAdd2i1u16u16u1_4_14
            if (run) begin
               pw_weight_addr_gen_MuxAdd2i1u16u16u1_4_14_out1 = if_cnt + 16'd00001;
            end
            else begin
               pw_weight_addr_gen_MuxAdd2i1u16u16u1_4_14_out1 = if_cnt;
            end
         end

         // rtl_instance:pw_weight_addr_gen/pw_weight_addr_gen_Muxi0u16u1_4
         always @(pw_weight_addr_gen_And_1Ux1U_1U_1_13_out1 or pw_weight_addr_gen_MuxAdd2i1u16u16u1_4_14_out1)
          begin :pw_weight_addr_gen_Muxi0u16u1_4_15
            if (pw_weight_addr_gen_And_1Ux1U_1U_1_13_out1) begin
               pw_weight_addr_gen_Muxi0u16u1_4_15_out1 = 16'd00000;
            end
            else begin
               pw_weight_addr_gen_Muxi0u16u1_4_15_out1 = pw_weight_addr_gen_MuxAdd2i1u16u16u1_4_14_out1;
            end
         end

         // rtl_instance:pw_weight_addr_gen/pw_weight_addr_gen_EqSubi1u16u16_1_12
         // Resource=pw_weight_addr_gen_EqSubi1u16u16_1, Function=sub eq : Inputs=16,16 Outputs=1
         // Implements 1 operation(s)
         // at: pw_weight_addr_gen.h:121:53
         assign pw_weight_addr_gen_EqSubi1u16u16_1_12_out1 = {1'b0, if_cnt} == {1'b0, if_cnt_max} - 17'd000001;

         // rtl_instance:pw_weight_addr_gen/pw_weight_addr_gen_And_1Ux1U_1U_1_13
         // Resource=pw_weight_addr_gen_And_1Ux1U_1U_1, Function=and : Inputs=1,1 Outputs=1
         // Implements 1 operation(s)
         // at: pw_weight_addr_gen.h:121:35
         assign pw_weight_addr_gen_And_1Ux1U_1U_1_13_out1 = pw_weight_addr_gen_EqSubi1u16u16_1_12_out1 & run;

         // rtl_process:pw_weight_addr_gen/drive_run
         // Sharing or Control mux
         // Sharing/Controlling 6 operation(s) on drive_run
         // at: pw_weight_addr_gen.h:120:5
         // at: pw_weight_addr_gen.h:129:14
         // at: pw_weight_addr_gen.h:244:16
         // at: pw_weight_addr_gen.h:111:7
         // at: pw_weight_addr_gen.h:115:7
         // at: pw_weight_addr_gen.h:120:17
         always @(posedge clk or negedge rstn)
          begin :drive_run
            if (rstn == 1'b0) begin
               // op:_run/OP152
               run <= 1'b0;
            end
            else begin
               // op:_run/OP157
               run <= pw_weight_addr_gen_And_1Ux1U_1U_4_11_out1;
            end
         end

         // rtl_instance:pw_weight_addr_gen/pw_weight_addr_gen_Not_1U_1U_4_10
         // Resource=pw_weight_addr_gen_Not_1U_1U_4, Function=not : Inputs=1 Outputs=1
         // Implements 1 operation(s)
         // at: pw_weight_addr_gen.h:112:10
         assign pw_weight_addr_gen_Not_1U_1U_4_10_out1 = !stop;

         // rtl_instance:pw_weight_addr_gen/pw_weight_addr_gen_And_1Ux1U_1U_4_11
         // Resource=pw_weight_addr_gen_And_1Ux1U_1U_4, Function=and : Inputs=1,1 Outputs=1
         // Implements 1 operation(s)
         // at: pw_weight_addr_gen.h:112:10
         assign pw_weight_addr_gen_And_1Ux1U_1U_4_11_out1 = pw_weight_addr_gen_Not_1U_1U_4_10_out1 & enable;

         // rtl_process:pw_weight_addr_gen/drive_enable
         // Sharing or Control mux
         // Sharing/Controlling 4 operation(s) on drive_enable
         // at: pw_weight_addr_gen.h:115:13
         // at: pw_weight_addr_gen.h:101:7
         // at: pw_weight_addr_gen.h:105:7
         always @(posedge clk or negedge rstn)
          begin :drive_enable
            if (rstn == 1'b0) begin
               // op:_enable/OP274
               enable <= 1'b0;
            end
            else begin
               // op:_enable/OP288
               enable <= pw_weight_addr_gen_Or_1Ux1U_1U_4_36_out1;
            end
         end

         // rtl_instance:pw_weight_addr_gen/pw_weight_addr_gen_Eqi1u16_4_30
         // Resource=pw_weight_addr_gen_Eqi1u16_4, Function=eq : Inputs=16 Outputs=1
         // Implements 1 operation(s)
         // at: pw_weight_addr_gen.h:102:63
         assign pw_weight_addr_gen_Eqi1u16_4_30_out1 = filter_height == 16'd00001;

         // rtl_instance:pw_weight_addr_gen/pw_weight_addr_gen_Not_1U_1U_4_31
         // Resource=pw_weight_addr_gen_Not_1U_1U_4, Function=not : Inputs=1 Outputs=1
         // Implements 1 operation(s)
         // at: pw_weight_addr_gen.h:104:10
         assign pw_weight_addr_gen_Not_1U_1U_4_31_out1 = !pw_weight_addr_gen_AndReduction_4S_1U_1_29_out1;

         // rtl_instance:pw_weight_addr_gen/pw_weight_addr_gen_And_1Ux1U_1U_4_32
         // Resource=pw_weight_addr_gen_And_1Ux1U_1U_4, Function=and : Inputs=1,1 Outputs=1
         // Implements 1 operation(s)
         // at: pw_weight_addr_gen.h:102:39
         assign pw_weight_addr_gen_And_1Ux1U_1U_4_32_out1 = pw_weight_addr_gen_Eqi1u16_4_30_out1 & start_rising;

         // rtl_instance:pw_weight_addr_gen/pw_weight_addr_gen_Eqi1u16_4_33
         // Resource=pw_weight_addr_gen_Eqi1u16_4, Function=eq : Inputs=16 Outputs=1
         // Implements 1 operation(s)
         // at: pw_weight_addr_gen.h:102:91
         assign pw_weight_addr_gen_Eqi1u16_4_33_out1 = filter_width == 16'd00001;

         // rtl_instance:pw_weight_addr_gen/pw_weight_addr_gen_And_1Ux1U_1U_4_34
         // Resource=pw_weight_addr_gen_And_1Ux1U_1U_4, Function=and : Inputs=1,1 Outputs=1
         // Implements 1 operation(s)
         // at: pw_weight_addr_gen.h:104:10
         assign pw_weight_addr_gen_And_1Ux1U_1U_4_34_out1 = pw_weight_addr_gen_Not_1U_1U_4_31_out1 & enable;

         // rtl_instance:pw_weight_addr_gen/pw_weight_addr_gen_And_1Ux1U_1U_4_35
         // Resource=pw_weight_addr_gen_And_1Ux1U_1U_4, Function=and : Inputs=1,1 Outputs=1
         // Implements 1 operation(s)
         // at: pw_weight_addr_gen.h:102:68
         assign pw_weight_addr_gen_And_1Ux1U_1U_4_35_out1 = pw_weight_addr_gen_Eqi1u16_4_33_out1 & pw_weight_addr_gen_And_1Ux1U_1U_4_32_out1;

         // rtl_instance:pw_weight_addr_gen/pw_weight_addr_gen_Or_1Ux1U_1U_4_36
         // Resource=pw_weight_addr_gen_Or_1Ux1U_1U_4, Function=or : Inputs=1,1 Outputs=1
         // Implements 1 operation(s)
         // at: pw_weight_addr_gen.h:102:10
         assign pw_weight_addr_gen_Or_1Ux1U_1U_4_36_out1 = pw_weight_addr_gen_And_1Ux1U_1U_4_35_out1 | pw_weight_addr_gen_And_1Ux1U_1U_4_34_out1;

         // rtl_process:pw_weight_addr_gen/drive_pw_weight_addr_gen_AndReduction_4S_1U_1_29_in1
         // Sharing or Control mux
         // Sharing/Controlling 1 operation(s) on drive_pw_weight_addr_gen_AndReduction_4S_1U_1_29_in1
         // at: pw_weight_addr_gen.h:96:68
         assign pw_weight_addr_gen_AndReduction_4S_1U_1_29_in1 = {{pw_weight_addr_gen_And_1Ux1U_1U_1_13_out1, pw_weight_addr_gen_And_1Ux1U_1U_1_17_out1}, {pw_weight_addr_gen_And_1Ux1U_1U_1_22_out1, pw_weight_addr_gen_And_1Ux1U_1U_1_26_out1}};

         // rtl_instance:pw_weight_addr_gen/pw_weight_addr_gen_AndReduction_4S_1U_1_29
         // Resource=pw_weight_addr_gen_AndReduction_4S_1U_1, Function=and : Inputs=4S Outputs=1
         // Implements 1 operation(s)
         // at: pw_weight_addr_gen.h:96:68
         assign pw_weight_addr_gen_AndReduction_4S_1U_1_29_out1 = (&pw_weight_addr_gen_AndReduction_4S_1U_1_29_in1);


endmodule